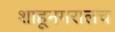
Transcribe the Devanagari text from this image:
शाहूनगरालच